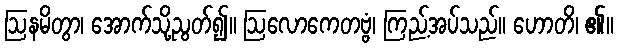
ဩနမိတွာ၊ အောက်သို့ညွတ်၍။ ဩလောကေတဗ္ဗံ၊ ကြည့်အပ်သည်။ ဟောတိ၊ ၏။